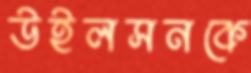
উইলসনকে